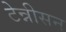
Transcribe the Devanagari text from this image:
टेन्नीसन